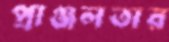
প্রাঞ্জলতার